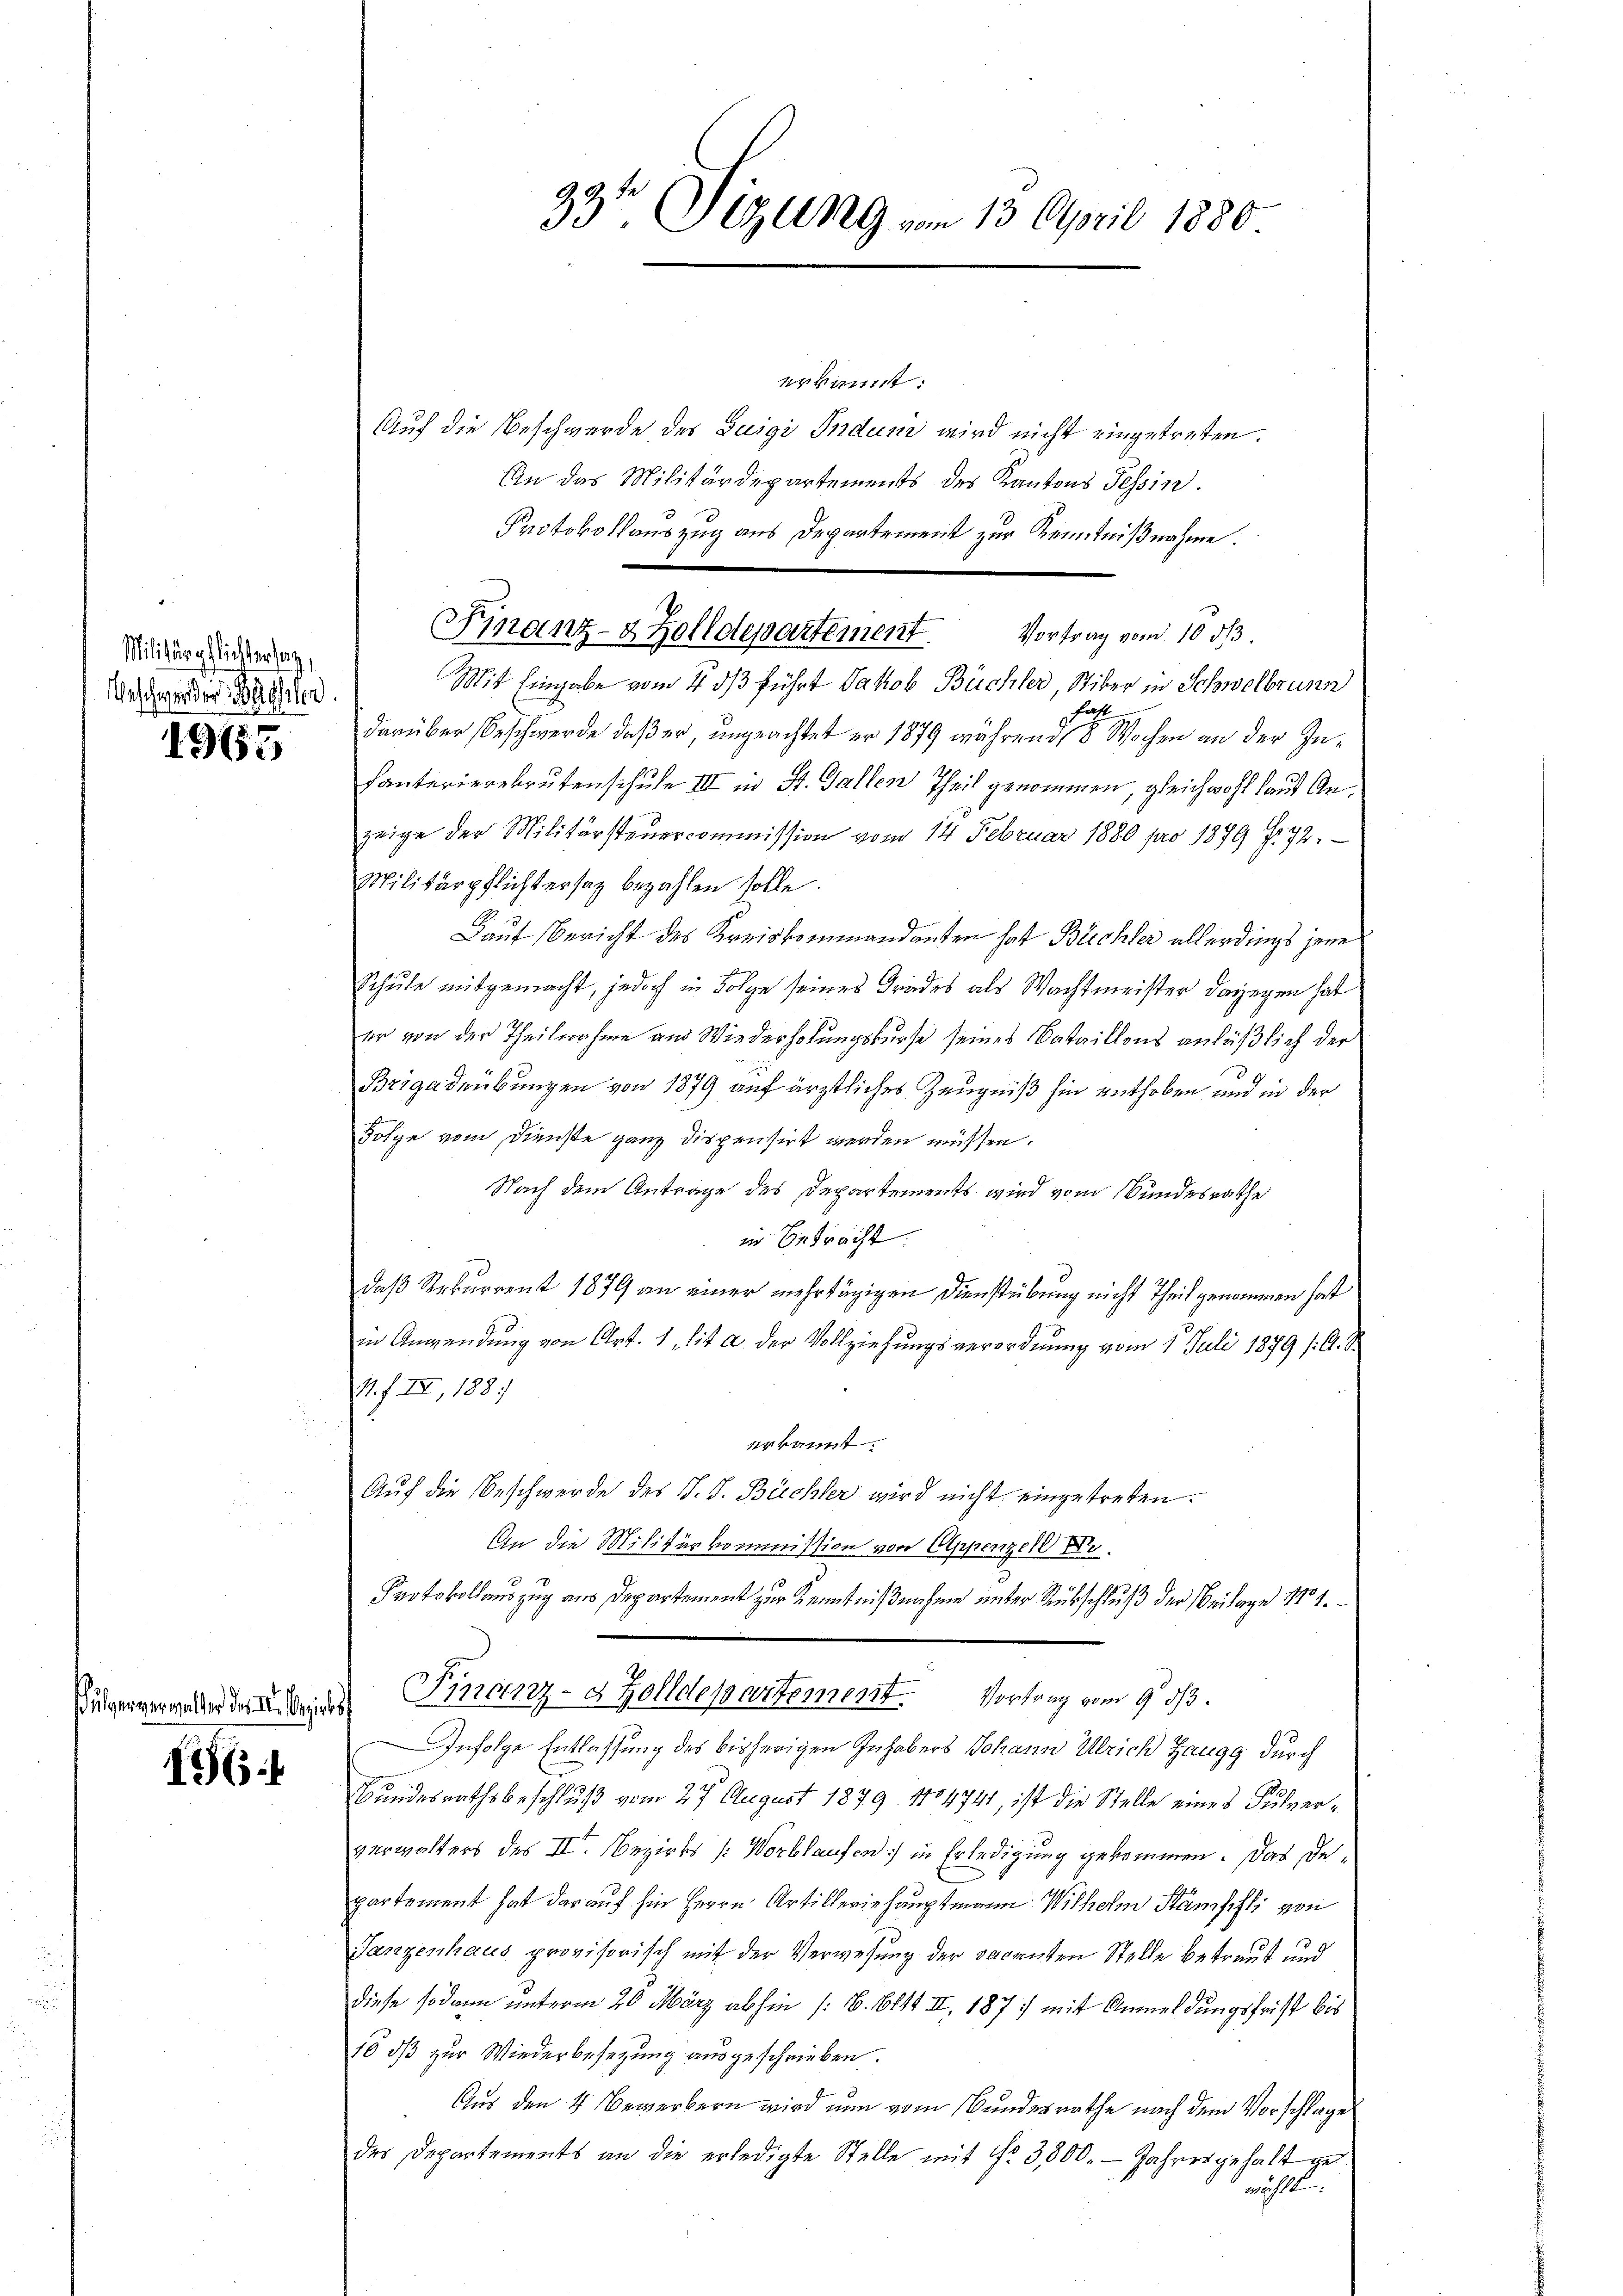
Militärpflichter sag,
Aeschwerden Walter

1965

ulververwalter des II. Bezir

16.

Finanz-2 Zolldepartement. Vortrag vom 10. dβ.

33t Sizung vom 13. April 1880

erkannt:
Auf die Beschwerde des Luigi Indum wird nicht eingetreten.
An des Militärdepartements des Kantons Tessin.
Protokollauszug aus Departement zur Kenntnißnahme.
Mit Eingabe vom 4. ds führt Jakob Büchler, Stiber in Schwelbrunn
hatt
darüber Beschwerde, daβ er ungeachtet er 1879 während 8 Wochen an der In¬
Fanterierekrutenschule III in St. Gallen Theil genommen, gleichwohl laut Anzeige der Militärsteuercommission vom 14. Februar 1880 pro 1879 f. 72.
Militärpflichtersatz bezahlen solle.
Lauf Bericht des Kreiskommandanten hat Büchler allerdings jene
Schule mitgemacht, jedoch in Folge seines Grades als Wachtmeister dagegen hat
er von der Theilnahme aus Wiederholungskurse seines Bataillons anläßlich der
Brigadeübungen von 1879 auf ärztliches Zeugniß sie enthoben und in der
Folge vom Dienste ganz dispensirt werden müssen.
Nach dem Antrage des Departements wird vom Bundesrathe
in Betracht.
s
daß Rekurrent 1879 an einer mehrtägigen Dienstübung nicht Theil genommen hat
in Anwendung von Art. 1, lit. a. der Vollziehungsverordnung vom 1. Juli 1879 /A. S.
1. f. II, 188
erkannt.
Auf die Beschwerde des S. J. Büchler wird nicht eingetreten.
An die Militärkommission von Appenzell I.
Protokollauszug aus Departement zur Kenntnißnahme unter Rückschluß der Beilage 1101.
Finanz-8 Zolldepartement. Vortrag vom 9. ds.
i
Infolge Entlassung des bisherigen Inhabers Johann Ulrich Zangg durch
Bundesrathsbeschluß vom 27. August 1879. 1704741, ist die Stelle eines Pulververwalters des II. Bezirks [Worblaufen) in Erledigung gekommen. Das Departement hat darauf hin Herrn Artilleriehauptmann Wilhelm Stämpfli von
Janzenhaus provisorisch mit der Verwesung der vacanten Stelle betraut und
diese sodann unterm 20. März abhin (S. 614 II, 1877 mit Anmeldungsfrist bis
18 dß zur Wiederbesetzung ausgeschrieben.
Aus den 4 Bewerbern wird nun vom Bundesrathe nach dem Vorschlage
des Departements an die erledigte Stelle mit Nr. 3800. - Jahresgehalt get
wächt